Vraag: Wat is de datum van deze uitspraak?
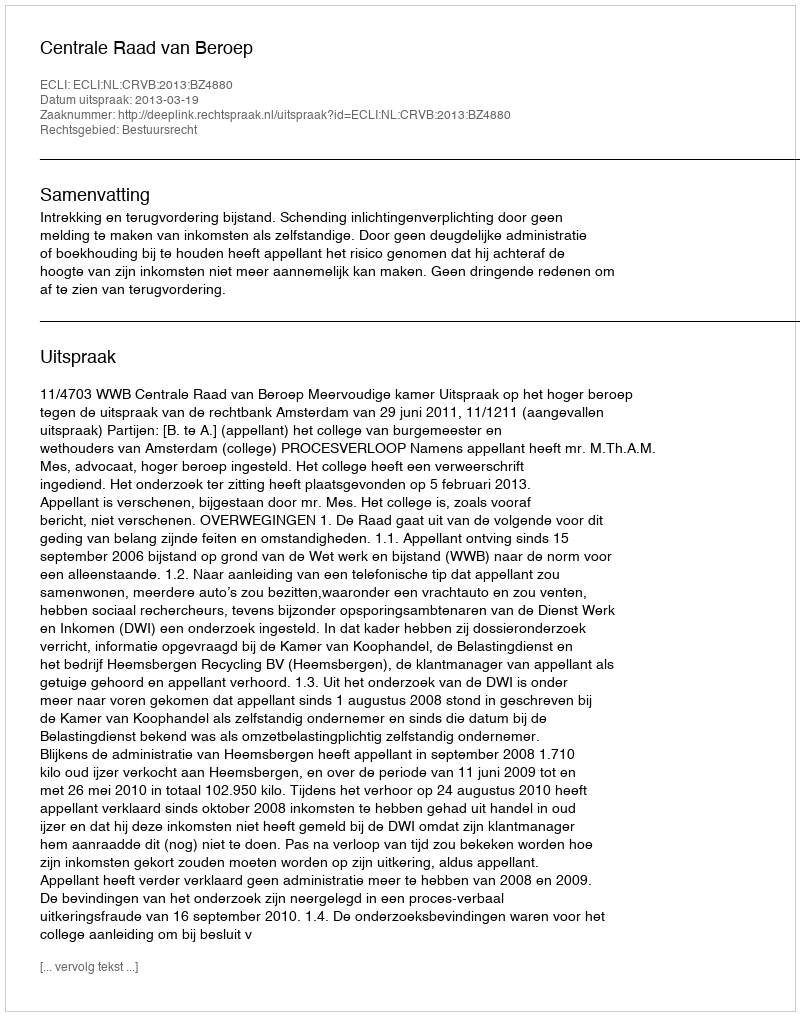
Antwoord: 2013-03-19